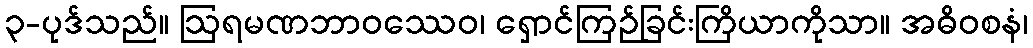
၃-ပုဒ်သည်။ ဩရမဏဘာဝဿေဝ၊ ရှောင်ကြဉ်ခြင်းကြိယာကိုသာ။ အဓိဝစနံ၊